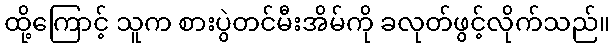
ထို့ကြောင့် သူက စားပွဲတင်မီးအိမ်ကို ခလုတ်ဖွင့်လိုက်သည်။